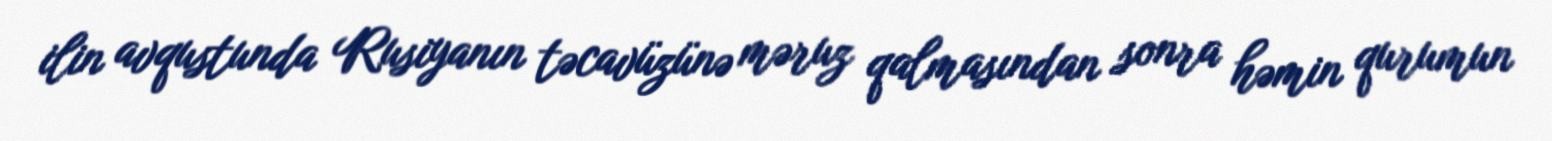
ilin avqustunda Rusiyanın təcavüzünə məruz qalmasından sonra həmin qurumun